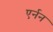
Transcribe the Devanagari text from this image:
एर्नन